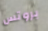
بروتس